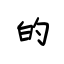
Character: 的